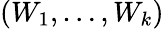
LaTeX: (W_{1},\dots,W_{k})